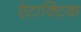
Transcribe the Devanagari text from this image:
ऐटाक्टिक